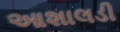
આશાલડી